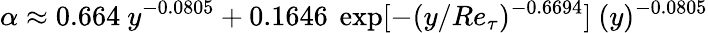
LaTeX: \alpha\approx 0.664~y^{-0.0805}+0.1646~\exp[-(y/Re_{\tau})^{-0.6694}]~(y)^{-0.0805}